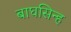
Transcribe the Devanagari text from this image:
बाघसिन्ह